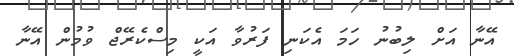
އޭނާ އަށް ލިބުނު ހަމަ އެކަނި ފަރުވާ އަކީ މިސްކެރޭޖް ވުމުން އޭނާ